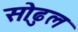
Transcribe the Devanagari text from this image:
सोढुल